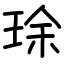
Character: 㻌